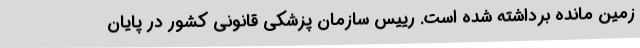
زمین مانده برداشته شده است. رییس سازمان پزشکی قانونی کشور در پایان